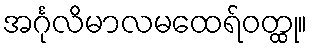
အင်္ဂုလိမာလမထေရ်ဝတ္ထု။